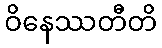
ဝိနေဿတီတိ